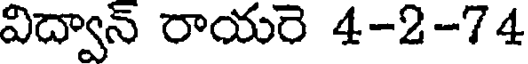
విద్వాన్ రాయరె 4-2-74